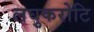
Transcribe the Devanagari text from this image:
लघुकरोटि